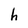
Character: h